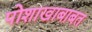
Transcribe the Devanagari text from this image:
पोशाखाबाबत